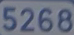
5268